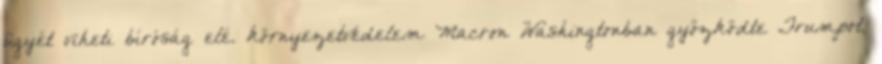
ügyét viheti bíróság elé. környezetvédelem Macron Washingtonban győzködte Trumpot,